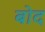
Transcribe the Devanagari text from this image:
बोद